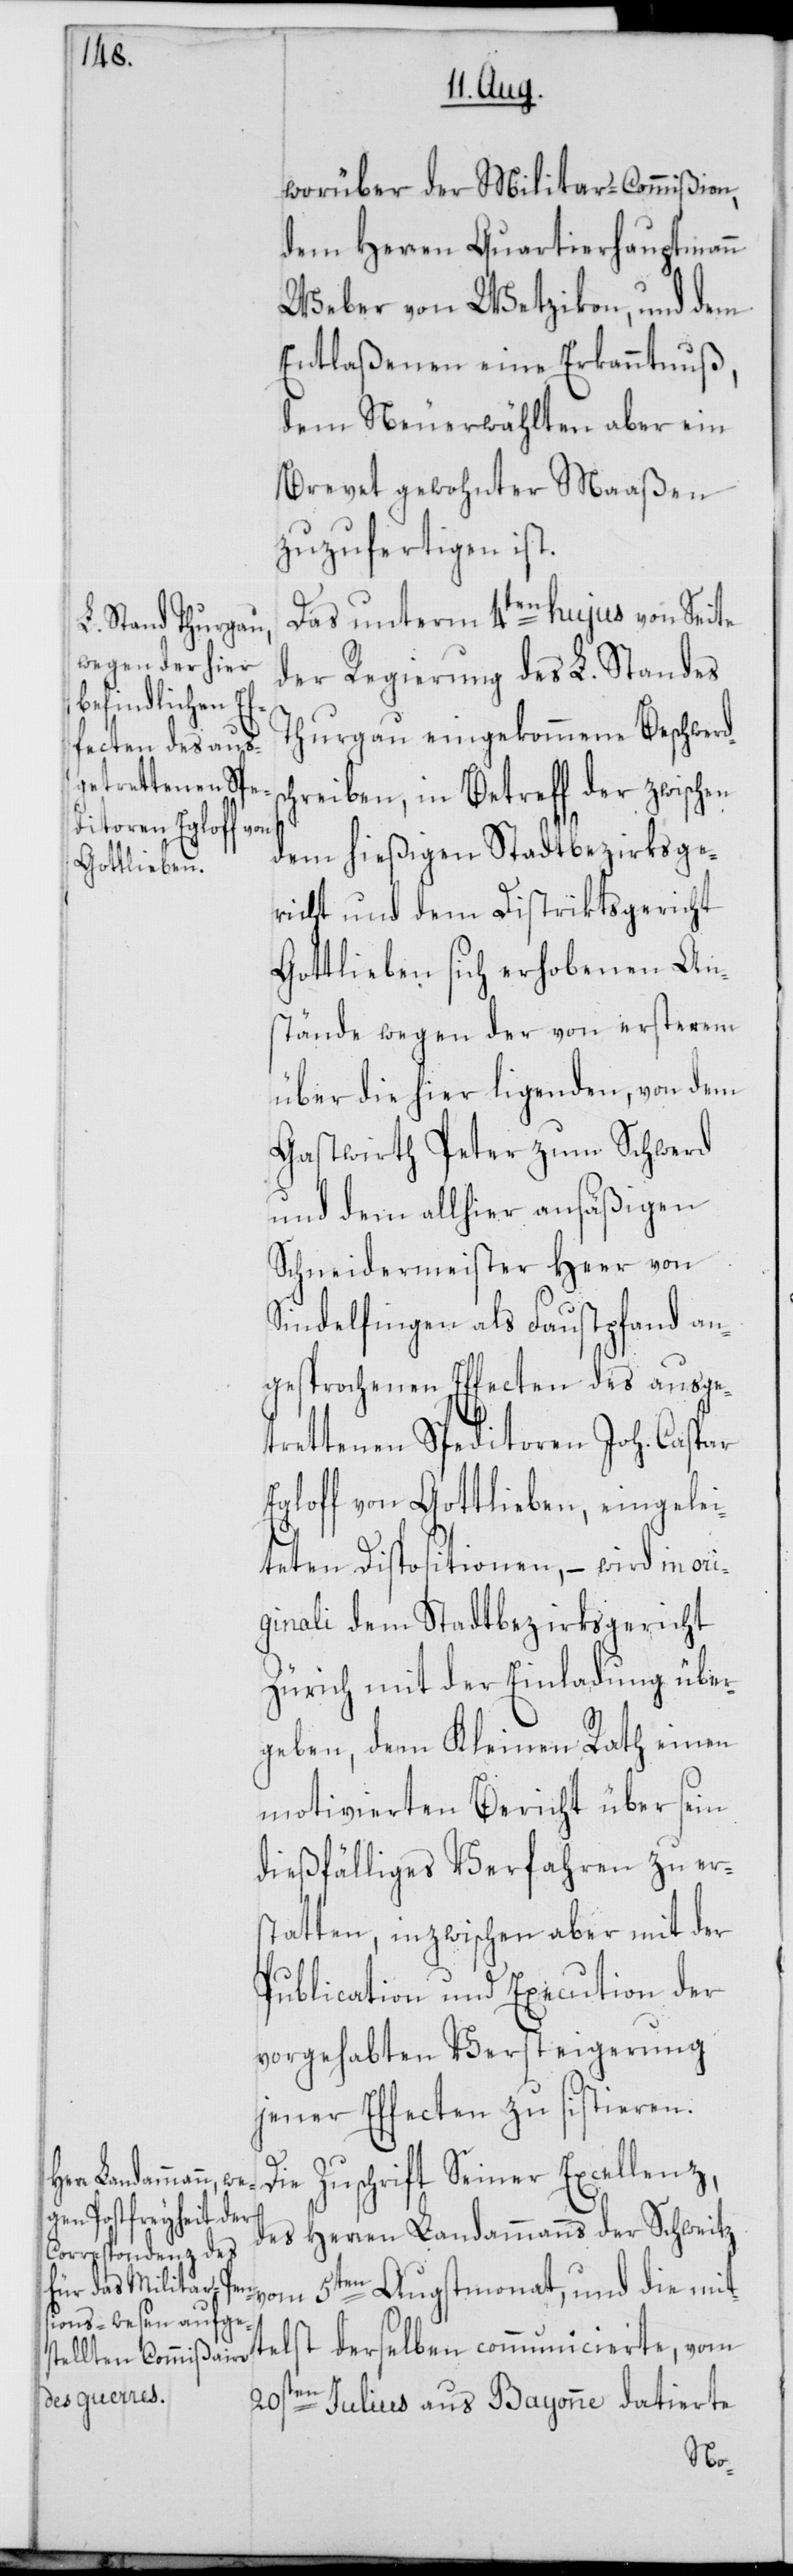
worüber der Militar-Commißion,
dem Herren Quartierhauptmann
Weber von Wetzikon, und dem
Entlaßenen eine Erkanntnuß,
dem Neuerwählten aber ein
Brevet gewohnter Maaßen
zuzufertigen ist.
Das unterm 4ten hujus von Seite
der Regierung des L. Standes
Thurgau eingekommene Beschwerd¬
hreiben, in Betreff der zwischen
dem hießigen Stadtbezirksge¬
richt und dem Distriktsgericht
Gottlieben sich erhobenen An¬
stände wegen der von ersterem
über die hier ligenden, von dem
Gastwirth Peter zum Schwerd
und dem allhier ansäßigen
Schneidermeister Heer von
Sindelfingen als Faustpfand an¬
gesprochenen Effecten des ausge¬
trettenen Speditoren Joh. Caspar
Egloff von Gottlieben, eingelei¬
teten Dispositionen, – wird in ori¬
ginali dem Stadtbezirksgericht
Zürich mit der Einladung über¬
geben, dem Kleinen Rath einen
motivierten Bericht über sein
dießfälliges Verfahren zu er¬
statten, inzwischen aber mit der
Publication und Execution der
vorgehabten Versteigerung
jener Effecten zu sistieren.
Die Zuschrift Seiner Excellenz,
und die mittel¬
des Herren Landammanns der Schweitz
st derselben communicierte, vom
20sten Julius aus Bayonne datierte
sc¬